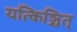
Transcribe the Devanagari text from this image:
यत्किञ्चित्